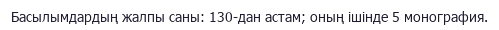
Басылымдардың жалпы саны: 130-дан астам; оның ішінде 5 монография.